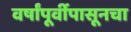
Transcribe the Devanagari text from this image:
वर्षांपूर्वीपासूनचा